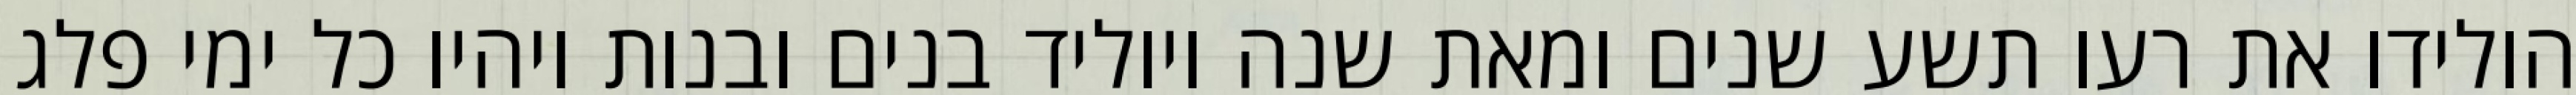
הולידו את רעו תשע שנים ומאת שנה ויוליד בנים ובנות ויהיו כל ימי פלג